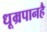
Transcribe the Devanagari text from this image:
धूम्रपानहै